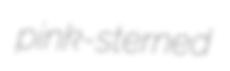
pink-sterned